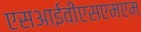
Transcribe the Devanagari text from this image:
एसआईवीएसएमएम